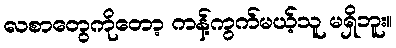
လစာတွေကိုတော့ ကန့်ကွက်မယ့်သူ မရှိဘူး။